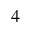
^ 4